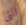
التي